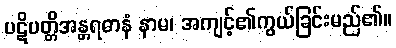
ပဋိပတ္တိအန္တရဓာနံ နာမ၊ အကျင့်၏ကွယ်ခြင်းမည်၏။